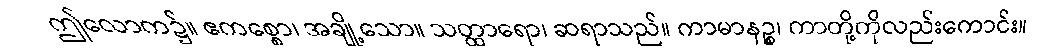
ဤလောက၌။ ဧကစ္စော၊ အချို့သော။ သတ္ထာရော၊ ဆရာသည်။ ကာမာနဉ္စ၊ ကာတို့ကိုလည်းကောင်း။